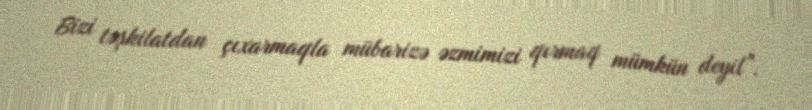
Bizi təşkilatdan çıxarmaqla mübarizə əzmimizi qırmaq mümkün deyil”.